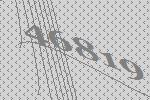
46819